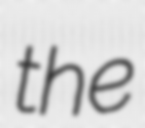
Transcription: the